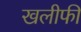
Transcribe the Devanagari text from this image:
खलीफी